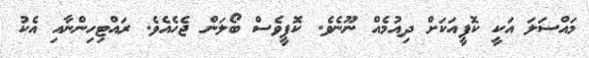
މައްސަލަ އަކީ ކޮފީއަކަށް ދިއުމެއް ނޫނެވެ. ކޮފީވެސް ބޯލަން ޖެހެއެވެ. ރައްޓިހިންނާއި އެކު